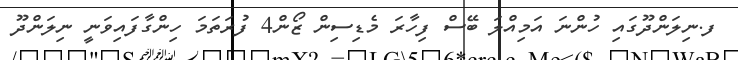
ފ.ނިލަންދޫގައި ހުންނަ އަމިއްލަ ބޭސް ފިހާރަ މެޑިސިން ޒޯން4 ފުރަތަމަ ހިންގާފައިވަނީ ނިލަންދޫ